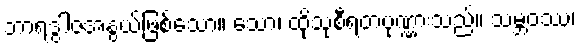
ဘာရဒွါဇအနွယ်ဖြစ်သော။ သော၊ ထိုသုစီရတပုဏ္ဏားသည်။ သမ္ဘဝဿ၊